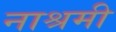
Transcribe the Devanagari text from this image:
नाश्रमी